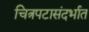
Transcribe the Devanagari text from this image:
चित्रपटासंदर्भात